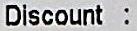
DISCOUNT :